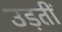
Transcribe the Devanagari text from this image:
उड़तीं